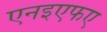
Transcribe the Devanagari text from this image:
एनइएफए